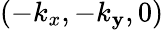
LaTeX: (-k_{x},-k_{\mathbf{y}},0)